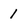
Character: 1